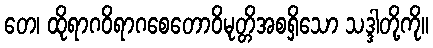
တေ၊ ထိုရာဂဝိရာဂစေတောဝိမုတ္တိအစရှိသော သဒ္ဒါတို့ကို။